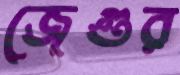
জেগুর